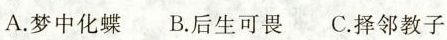
A.梦中化蝶 B.后生可畏 C.择邻教子